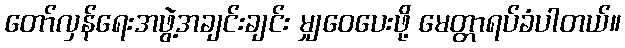
တော်လှန်ရေးအဖွဲ့အချင်းချင်း မျှဝေပေးဖို့ မေတ္တာရပ်ခံပါတယ်။